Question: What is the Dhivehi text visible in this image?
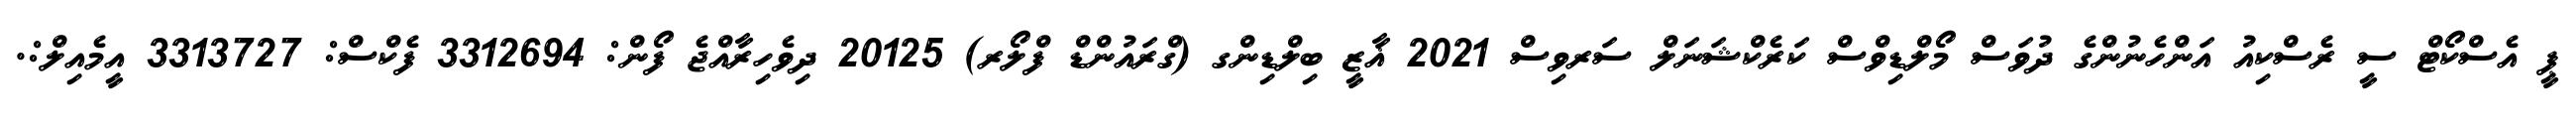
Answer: ޕީ އެސްކޯޓް ސީ ރެސްކިއު އަންހެނުންގެ ދުވަސް މޯލްޑިވްސް ކަރެކްޝަނަލް ސަރވިސް 2021 ޣާޒީ ބިލްޑިންގ (ގްރައުންޑް ފްލޯރ) 20125 ދިވެހިރާއްޖެ ފޯން: 3312694 ފެކްސް: 3313727 އީމެއިލް:.